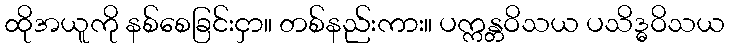
ထိုအယူကို နစ်စေခြင်းငှာ။ တစ်နည်းကား။ ပက္ကန္တဝိသယ ပသိဒ္ဓဝိသယ